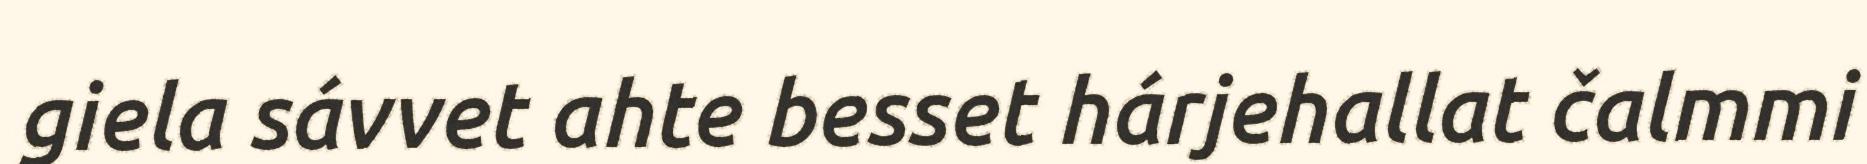
giela sávvet ahte besset hárjehallat čalmmi